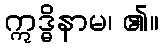
ဣဒ္ဓိနာမ၊ ၏။